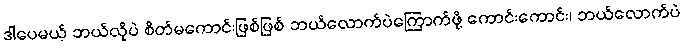
ဒါပေမယ့် ဘယ်လိုပဲ စိတ်မကောင်းဖြစ်ဖြစ် ဘယ်လောက်ပဲကြောက်ဖို့ ကောင်းကောင်း၊ ဘယ်လောက်ပဲ